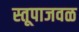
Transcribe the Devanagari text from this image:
स्तूपाजवळ